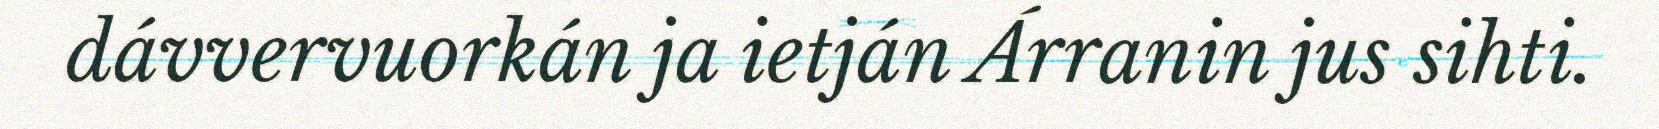
dávvervuorkán ja ietján Árranin jus sihti.